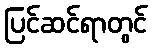
ပြင်ဆင်ရာတွင်